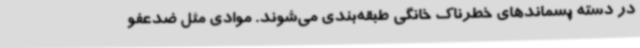
در دسته پسماندهای خطرناک خانگی طبقه‌بندی می‌شوند. موادی مثل ضدعفو